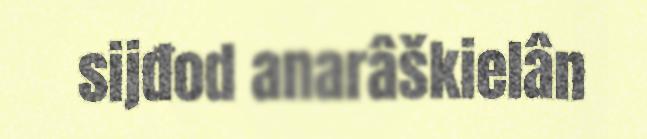
sijđod anarâškielân